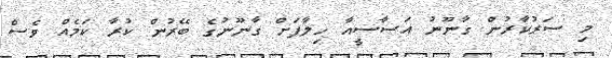
މި ސަރުކާރުން ގާނޫނު އަސާސީއާ ހިލާފަށް ގާނޫނުގެ ބޭރުން ކުރާ ކަމެއް ވެސް